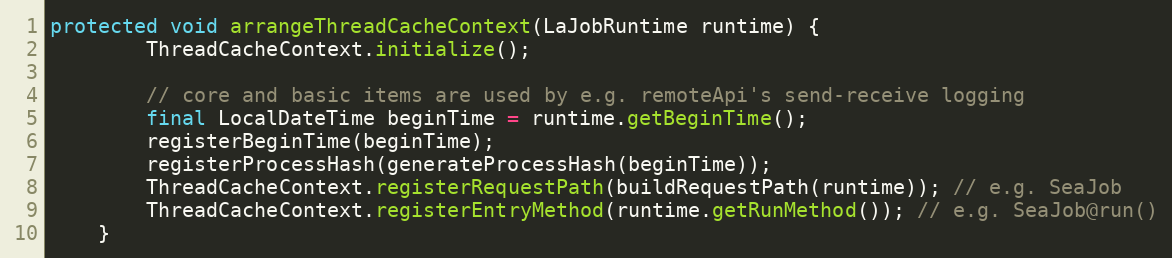
Language: Java
protected void arrangeThreadCacheContext(LaJobRuntime runtime) {
        ThreadCacheContext.initialize();

        // core and basic items are used by e.g. remoteApi's send-receive logging
        final LocalDateTime beginTime = runtime.getBeginTime();
        registerBeginTime(beginTime);
        registerProcessHash(generateProcessHash(beginTime));
        ThreadCacheContext.registerRequestPath(buildRequestPath(runtime)); // e.g. SeaJob
        ThreadCacheContext.registerEntryMethod(runtime.getRunMethod()); // e.g. SeaJob@run()
    }